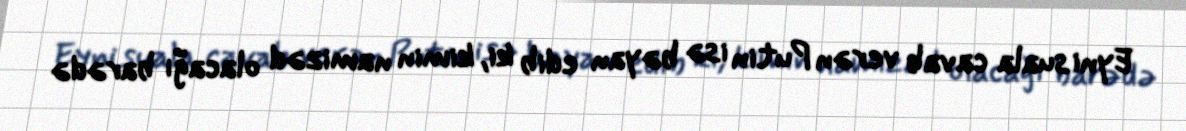
Eyni suala cavab verən Putin isə bəyan edib ki, kimin namizəd olacağı barədə